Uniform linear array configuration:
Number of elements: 8
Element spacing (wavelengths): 0.75
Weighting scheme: exponential
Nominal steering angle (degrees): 60
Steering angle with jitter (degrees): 60.188
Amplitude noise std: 0.05
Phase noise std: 0.05

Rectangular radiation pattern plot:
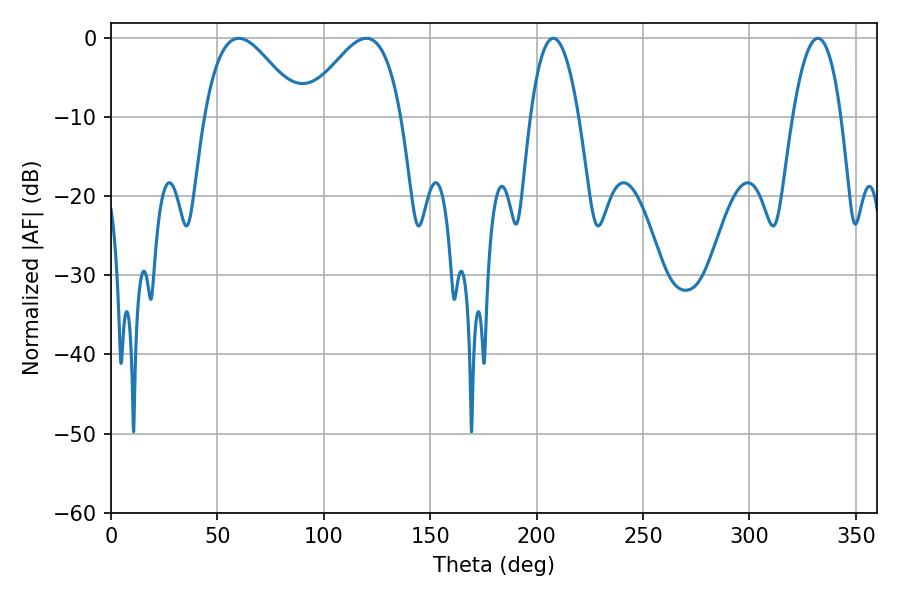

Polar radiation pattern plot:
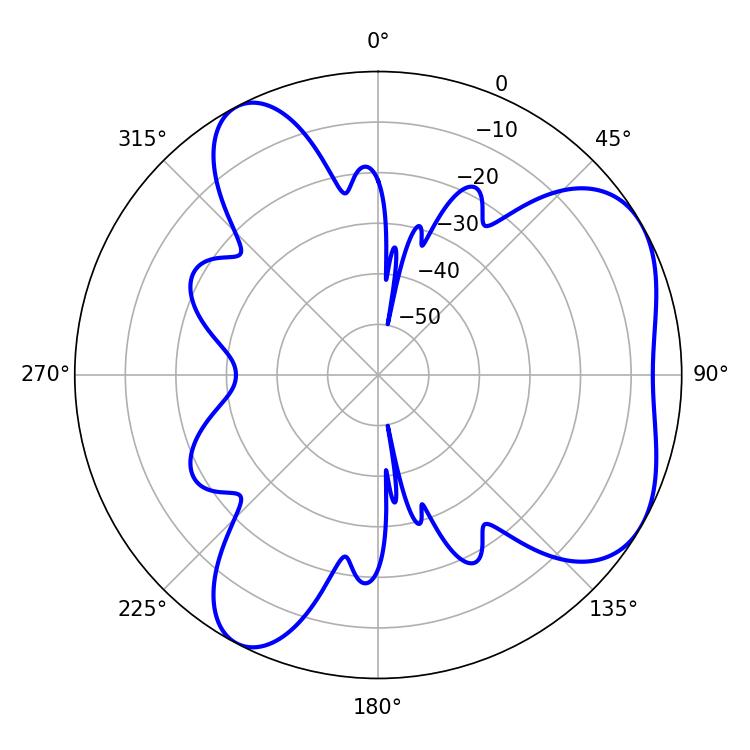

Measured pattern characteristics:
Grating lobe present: TRUE
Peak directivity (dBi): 5.216
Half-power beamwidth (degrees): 24.12
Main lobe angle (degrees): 60.12